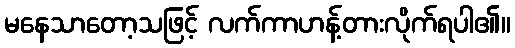
မနေသာတော့သဖြင့် လက်ကာဟန့်တားလိုက်ရပါ၏။